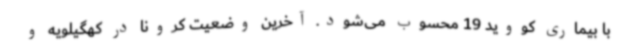
با بیماری کووید 19 محسوب می‌شود. آخرین وضعیت کرونا در کهگیلویه و